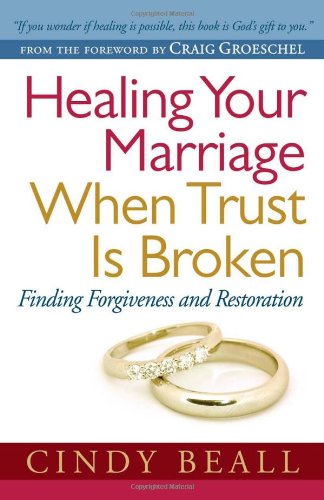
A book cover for Healing Your Marriage When Trust Is Broken: Finding Forgiveness and Restoration; Cindy Beall; Health, Fitness & Dieting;